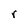
Character: r